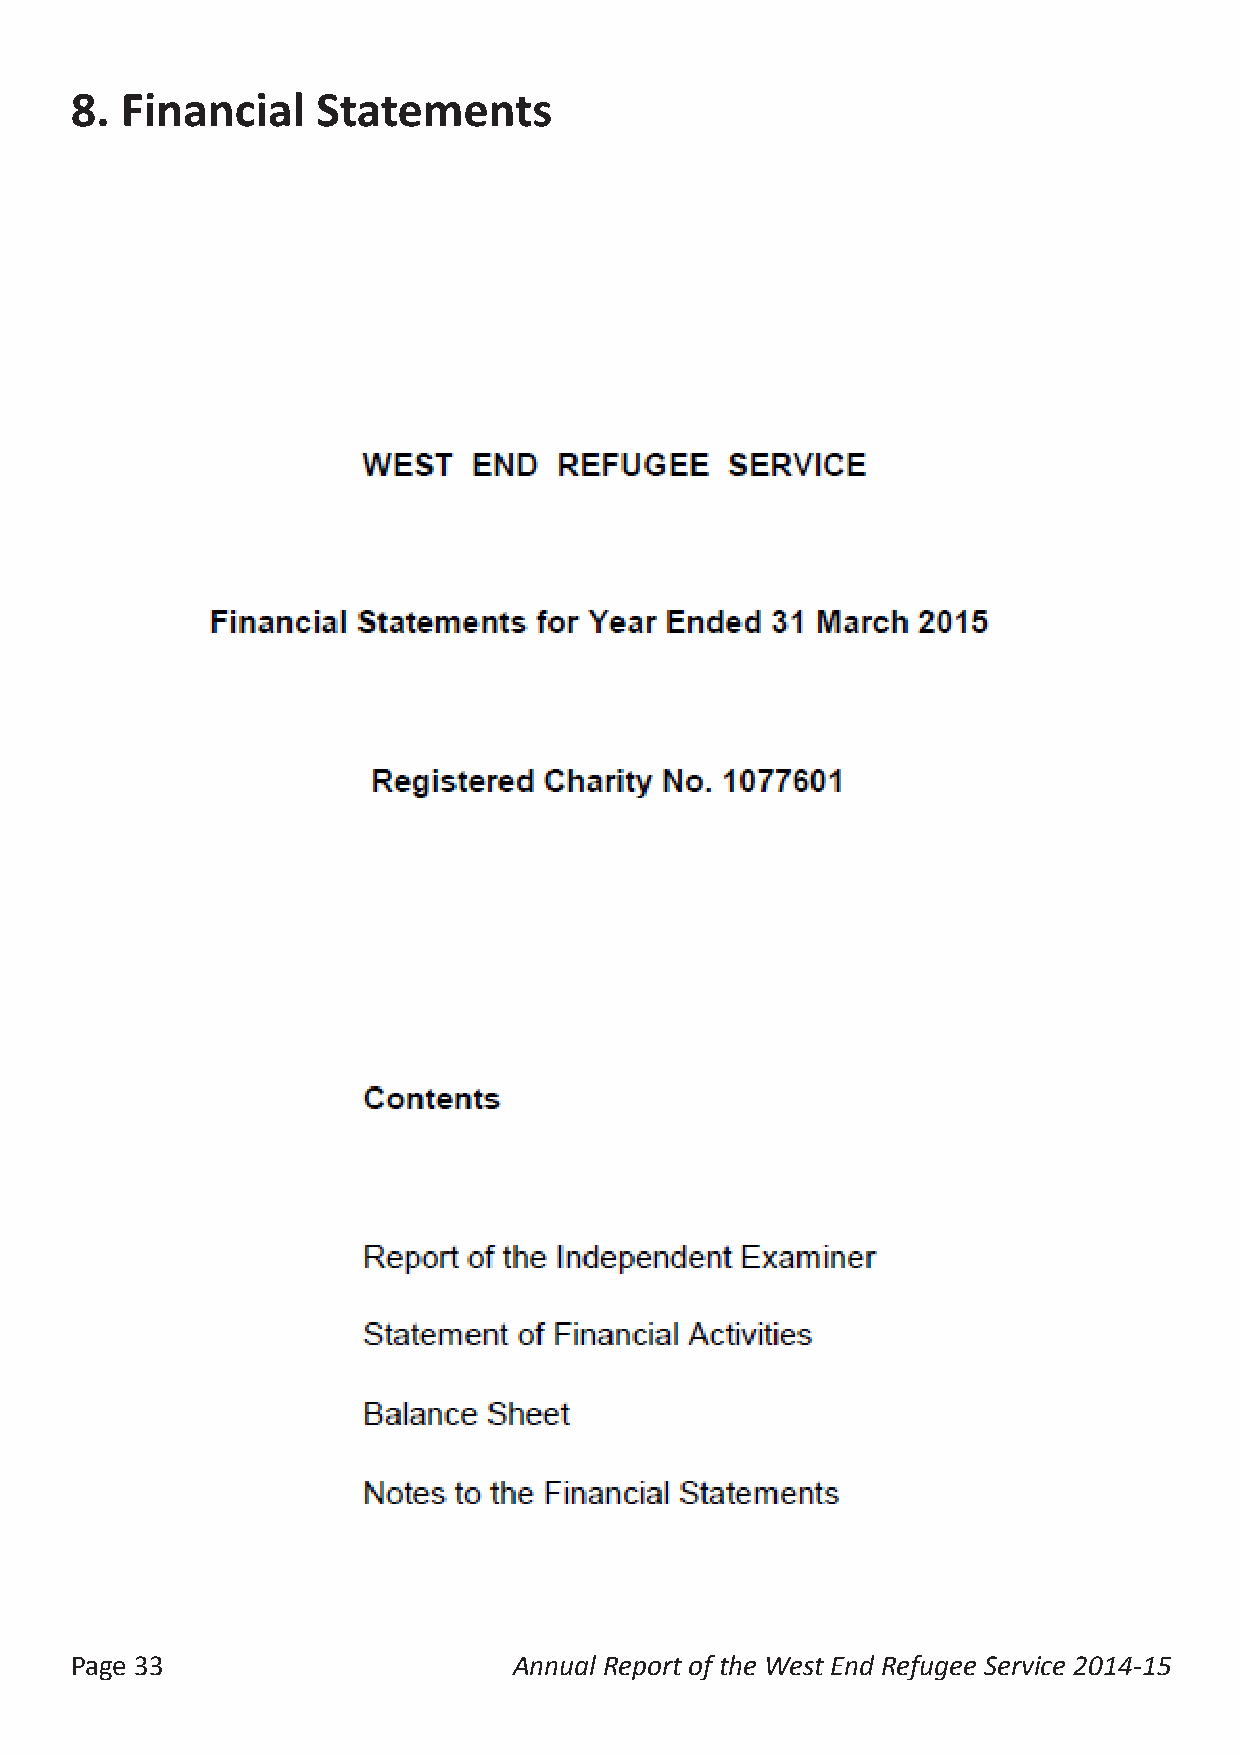
8. Financial    Statements
 Page 33                      Annual Report of the West End Refugee Service 2014-15